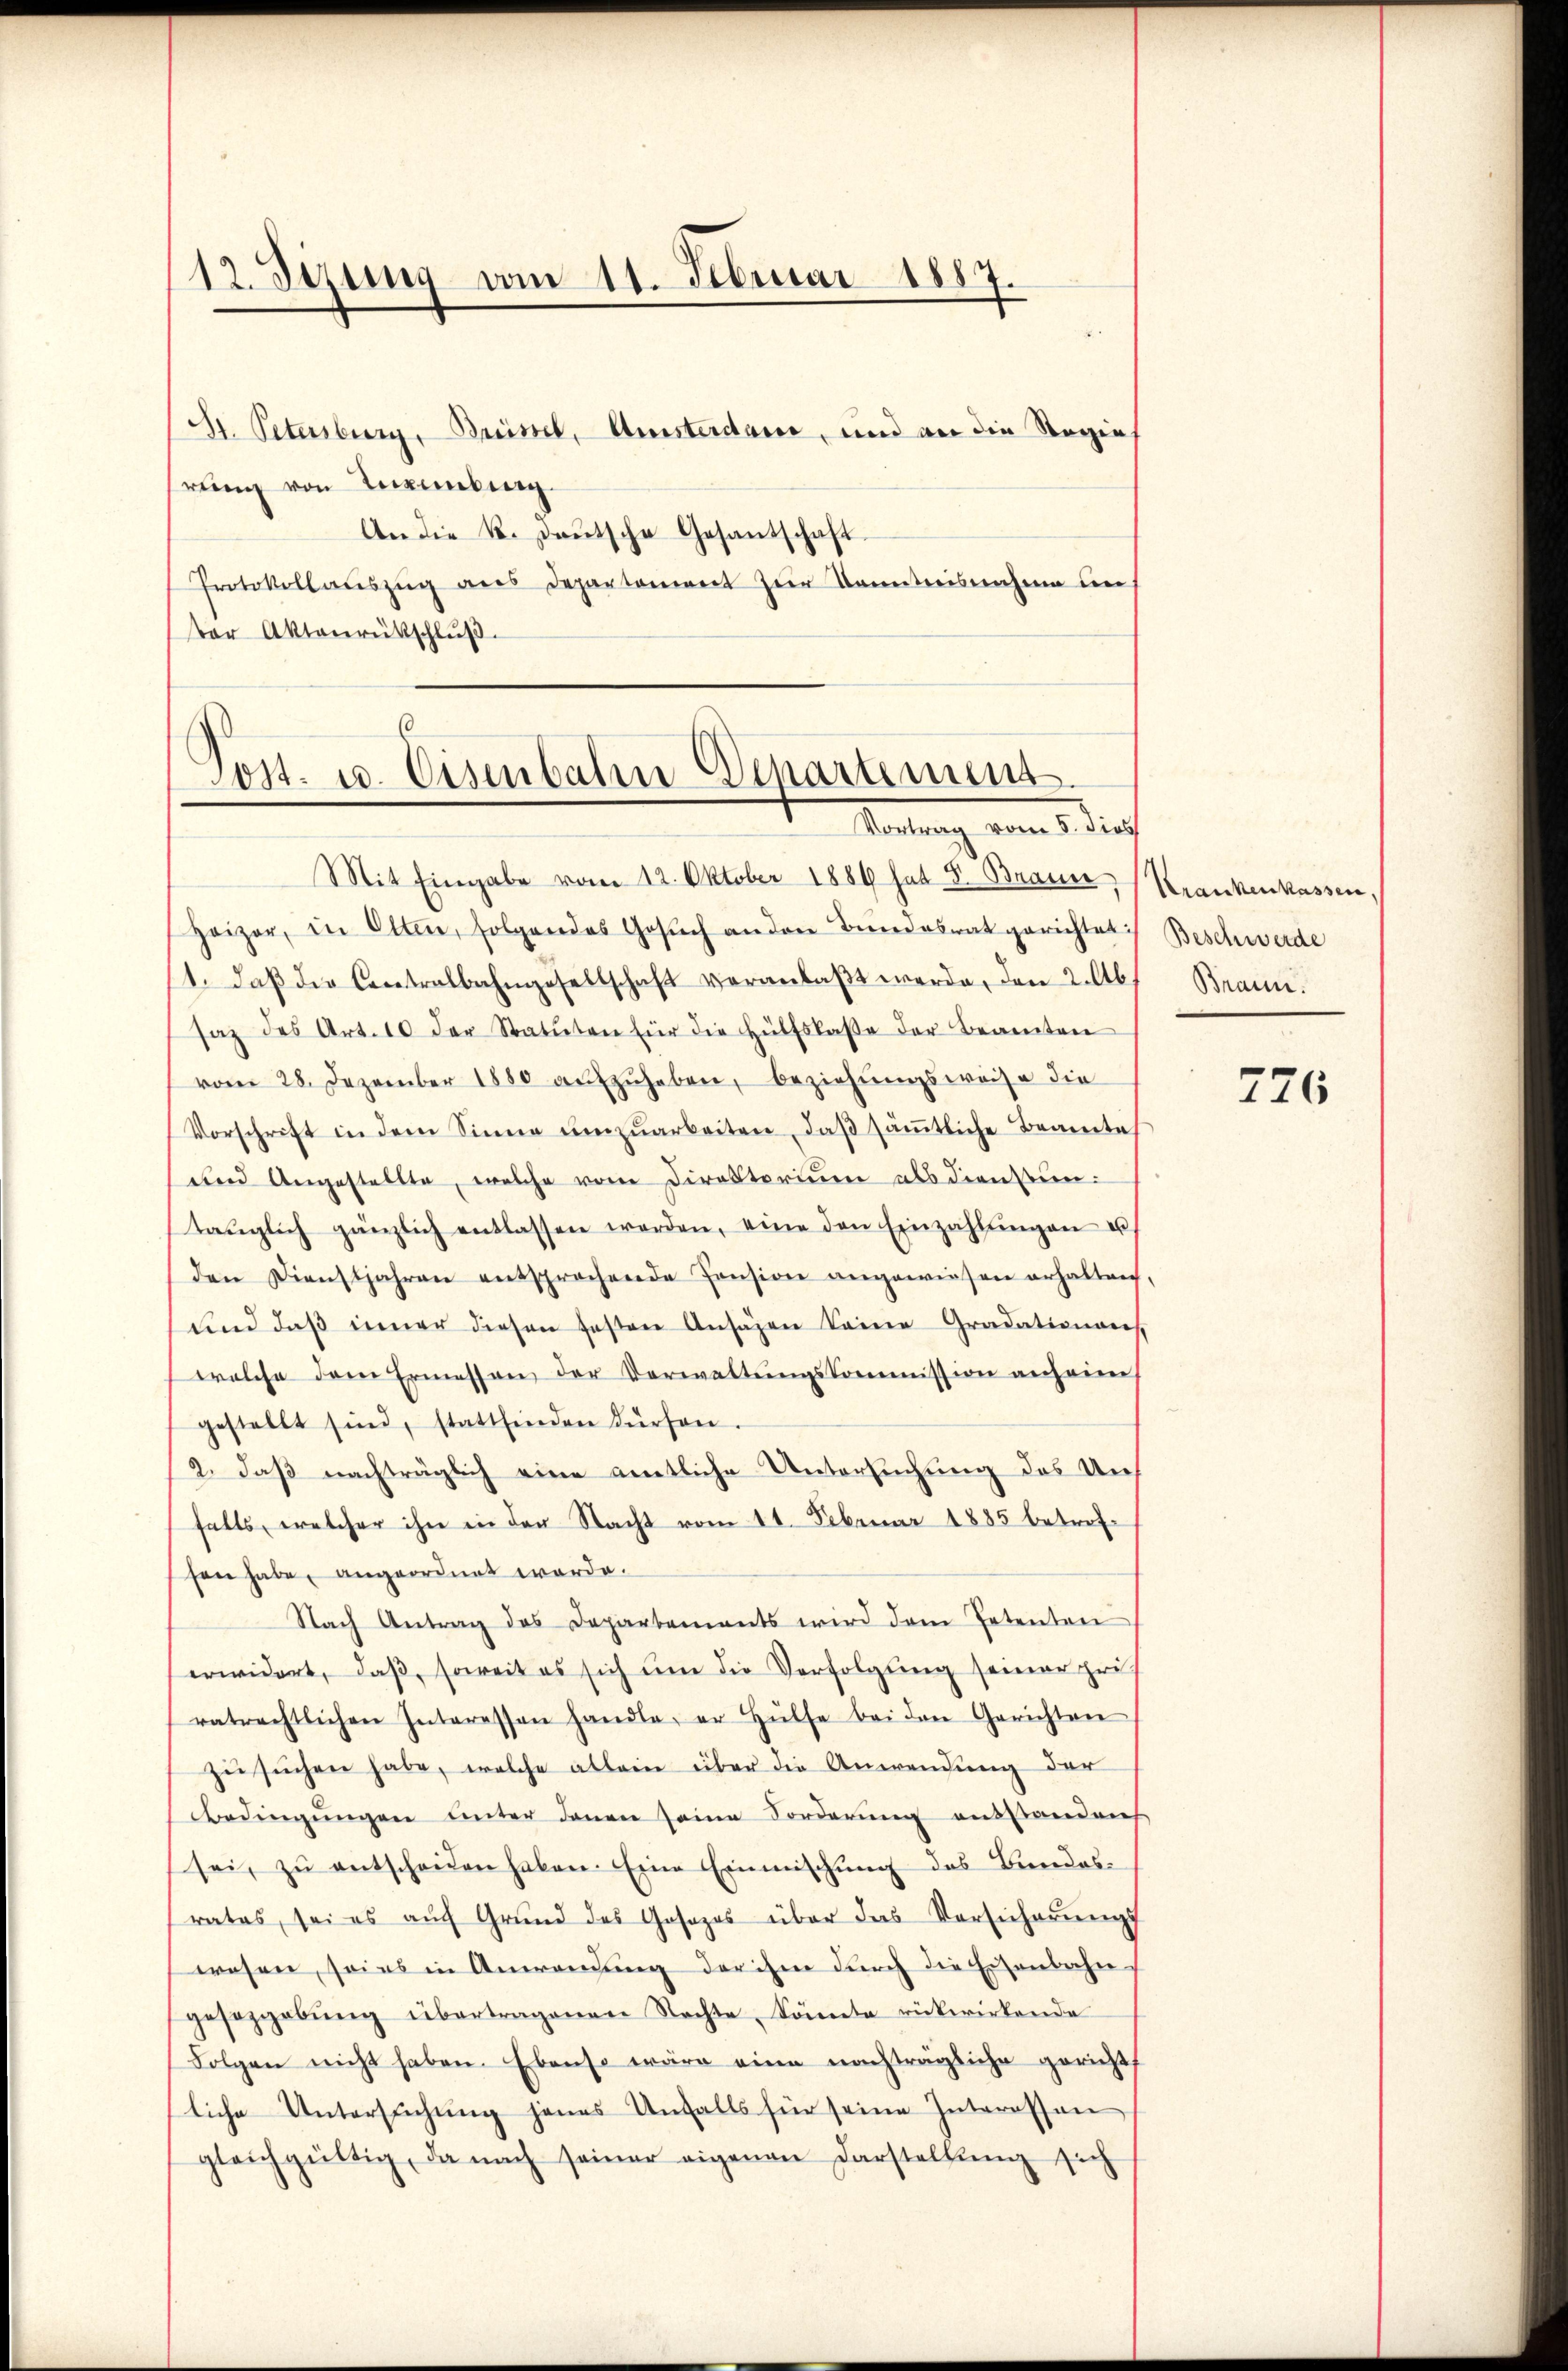
12. Sezung vom 11. Februar 1887.

St. Petersburg, Brüssel, Amsterdam, und an die Regie
hrung von Inventing
An die K. Deutsche Gesantschaft
Protokollaŭszŭg ans Departoniert zŭr Kenntnisnahmen den
ter Aktenrütschlŭβ

Post. u. Eisenbahn Departement
Mortung vom 1. dich

Mit Eingabe vom 12. Oktober 1889 hat S. Brauer, Krankenkassen.
Heizer, in Olten, folgendes Gesŭch anden Bŭndesrat gerichtet:
1. daβ die Centralbahngesellschaft veranlaßt werde, den 2. Ab
saz des Art. 10 der Statuten für die Hülfslaβe der Beamten
vom 28. Dezember 1880 aŭfzŭheben, beziehŭngsweise die
Vorschrift in dem Sinne ŭmzŭarbeiten, daβ säṁtliche Beamte,
und Angestellte, welche vom Direktorium als dienstuntaŭglich gänzlich entlassen werden, eine den Einzahlŭngen u
den Dienstjahren entsprochende Pension angewiesen erhalten,
und daß inner diesen festen Ansäßen keine Gradationen
welche dem Ermessen der Verwaltŭngskommission anheim
gestellt sind, stattfinden dürfen.
2. daβ nachträglich eine amtliche Untersuchung des Unfalls, welcher ihn in der Nacht vom 11. Februar 1885 betrofsen habe, angeordnet werde.
Nach Antrag des Departements wird dem Petenten
erwidert, daβ soweit es sich ŭm die Verfolgung seiner zei
ratrechtlichen Interessen handle, er Hülfe bei den Gerichten
zusuchen habe, welche allein über die Anwendung der
Bedingŭngen unter denen seine Forderŭng anstanden
sei, zŭ entscheiden haben. Eine Einmischŭng des Bundes-
rates, sei es aŭch Grŭnd des Josezes über das Vorsicherŭngs-
wesen, seins in Anwendung der ihm durch die Eisenbahn-
gesaggebŭng übertragenen Rechte, könnte rükwirkende
Folgen nicht haben. Ebenso wäre eine nachträgliche gericht
liche Untersŭchŭng jenes Unfalls für seine Interessen
gleichgültig, da nach seiner eigenen Darstellung sich

Beschwerde
Braun.

226